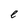
Character: e